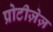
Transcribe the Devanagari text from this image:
प्रोटीज़ेज़